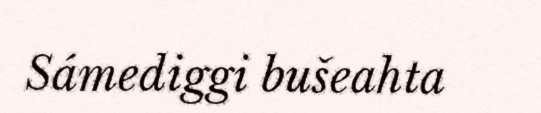
Sámediggi bušeahta